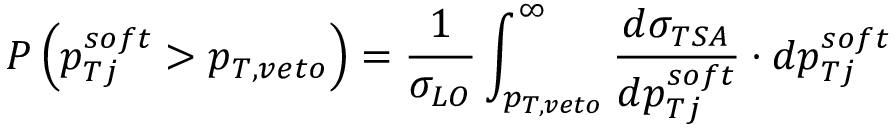
P \left( p _ { T j } ^ { s o f t } > p _ { T , v e t o } \right) = { \frac { 1 } { \sigma _ { L O } } } \int _ { p _ { T , v e t o } } ^ { \infty } { \frac { d \sigma _ { T S A } } { d p _ { T j } ^ { s o f t } } } \cdot d p _ { T j } ^ { s o f t }